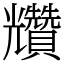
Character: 𧹍